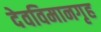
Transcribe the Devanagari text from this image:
देवविमानगृह